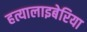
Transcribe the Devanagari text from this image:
हत्यालाइबेरिया